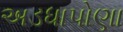
અડધાપોણા